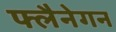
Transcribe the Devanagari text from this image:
फ्लैनेगन